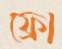
ফ্রো